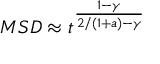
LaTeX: M S D \approx t ^ { \frac { 1 - \gamma } { 2 / ( 1 + a ) - \gamma } }